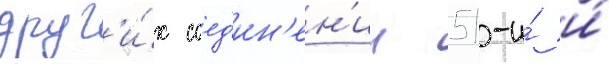
друг'и́х соед'ин'ен'ии 51-и́ и́